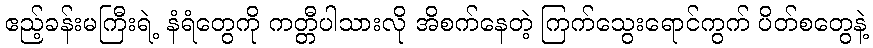
ဧည့်ခန်းမကြီးရဲ့ နံရံတွေကို ကတ္တီပါသားလို အိစက်နေတဲ့ ကြက်သွေးရောင်ကွက် ပိတ်စတွေနဲ့